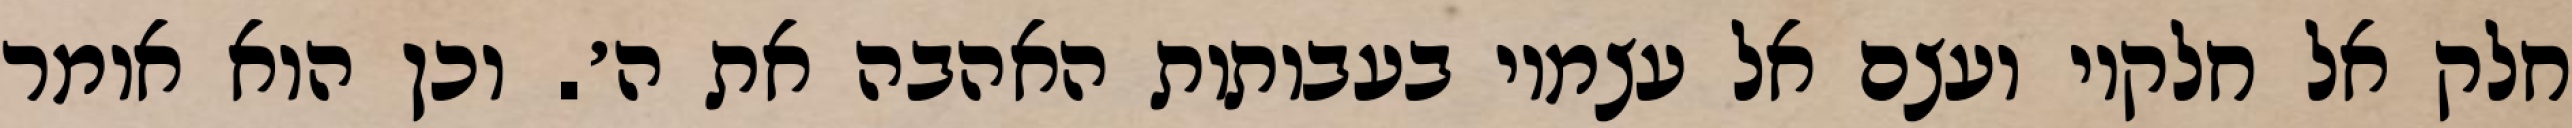
חלק אל חלקיו ועצם אל עצמיו בעבותות האהבה את ה׳. וכן הוא אומר